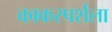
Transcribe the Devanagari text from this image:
काकस्पर्शला